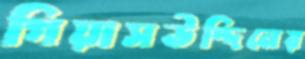
গিয়াসউদ্দিনের